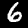
Label: 6